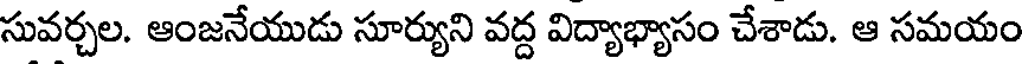
సువర్చల. ఆంజనేయుడు సూర్యుని వద్ద విద్యాభ్యాసం చేశాడు. ఆ సమయం